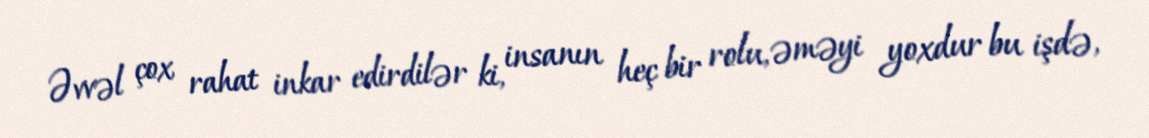
Əvvəl çox rahat inkar edirdilər ki, insanın heç bir rolu, əməyi yoxdur bu işdə,